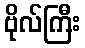
ဗိုလ်ကြီး